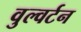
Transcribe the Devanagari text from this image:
वुल्वर्टन